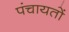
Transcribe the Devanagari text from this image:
पंचायताें